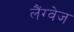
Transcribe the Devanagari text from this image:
लैंग्‍वेज